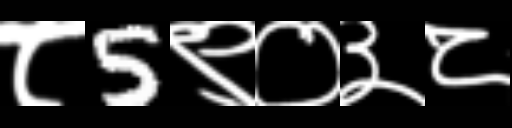
Text: ८5९०३८